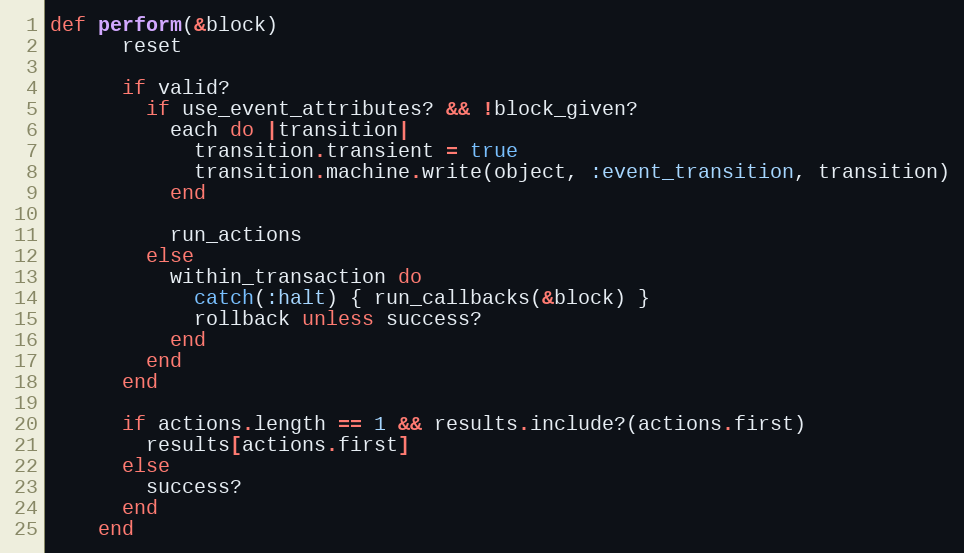
Language: Ruby
def perform(&block)
      reset

      if valid?
        if use_event_attributes? && !block_given?
          each do |transition|
            transition.transient = true
            transition.machine.write(object, :event_transition, transition)
          end

          run_actions
        else
          within_transaction do
            catch(:halt) { run_callbacks(&block) }
            rollback unless success?
          end
        end
      end

      if actions.length == 1 && results.include?(actions.first)
        results[actions.first]
      else
        success?
      end
    end